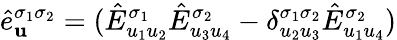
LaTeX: \hat{e}_{\mathbf{u}}^{\sigma_{1}\sigma_{2}}=(\hat{E}_{u_{1}u_{2}}^{\sigma_{1}}\hat{E}_{u_{3}u_{4}}^{\sigma_{2}}-\delta_{u_{2}u_{3}}^{\sigma_{1}\sigma_{2}}\hat{E}_{u_{1}u_{4}}^{\sigma_{2}})